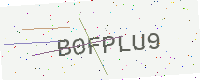
Text: B0FPLU9